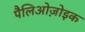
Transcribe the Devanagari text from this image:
पैलिओज़ोइक